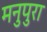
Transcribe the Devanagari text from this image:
मनुपुरा